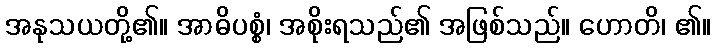
အနုသယတို့၏။ အာဓိပစ္စံ၊ အစိုးရသည်၏ အဖြစ်သည်။ ဟောတိ၊ ၏။